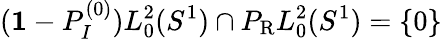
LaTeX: ({\mathbf 1}-P_{I}^{(0)})L_{0}^{2}(S^{1})\cap P_{\mathrm{R}}L_{0}^{2}(S^{1})=\{ 0\}